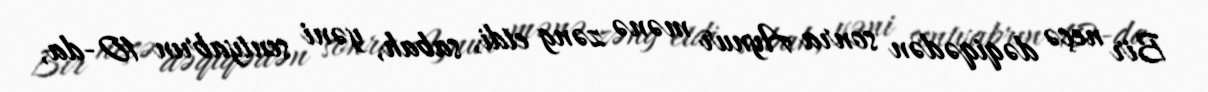
Bir neçə dəqiqədən sonra Aynur mənə zəng etdi, sabah, yəni sentyabrın 10-da,